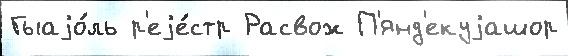
Гыаjо́ль р'еjе́стр Расвож П'янд'екуjашор